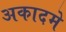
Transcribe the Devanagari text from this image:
अकादमे